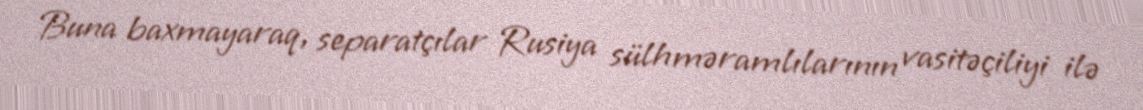
Buna baxmayaraq, separatçılar Rusiya sülhməramlılarının vasitəçiliyi ilə